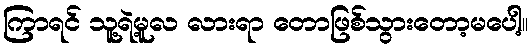
ကြာရင် သူ့ရဲ့မူလ လားရာ တောဖြစ်သွားတော့မပေါ့။